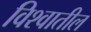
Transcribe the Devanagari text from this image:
विश्‍वातील